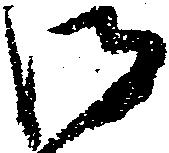
御